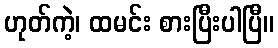
ဟုတ်ကဲ့၊ ထမင်း စားပြီးပါပြီ။